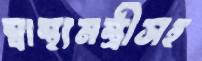
স্বাস্থ্যমন্ত্রীসহ